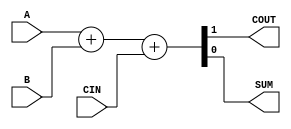
module add(A, B, CIN, COUT, SUM);

	input A, B, CIN;
	output COUT, SUM;

	assign {COUT, SUM} = A + B + CIN;
	
endmodule